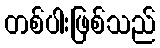
တစ်ပါးဖြစ်သည်